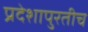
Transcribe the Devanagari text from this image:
प्रदेशापुरतीच